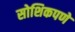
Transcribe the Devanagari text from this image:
सोशिकपणे